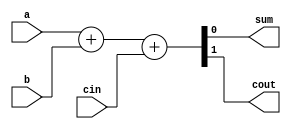
module full_adder_behavioral_module (
	input a, b, cin,
	output reg sum, cout
	);

	always@(a or b or cin)
	begin
		{cout, sum} <= a + b + cin;
	end

endmodule